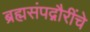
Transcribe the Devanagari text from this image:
ब्रह्मसंपद्गौरींचे